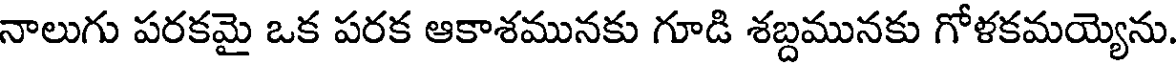
నాలుగు పరకమై ఒక పరక ఆకాశమునకు గూడి శబ్దమునకు గోళకమయ్యెను.